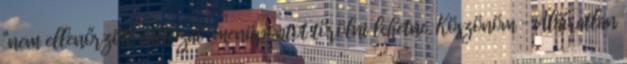
"nem ellenőrzött változat" menüpontot törölni lehetne. Köszönöm – Aláíratlan